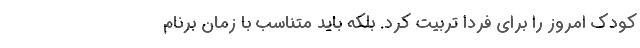
کودک امروز را برای فردا تربیت کرد. بلکه باید متناسب با زمان برنام